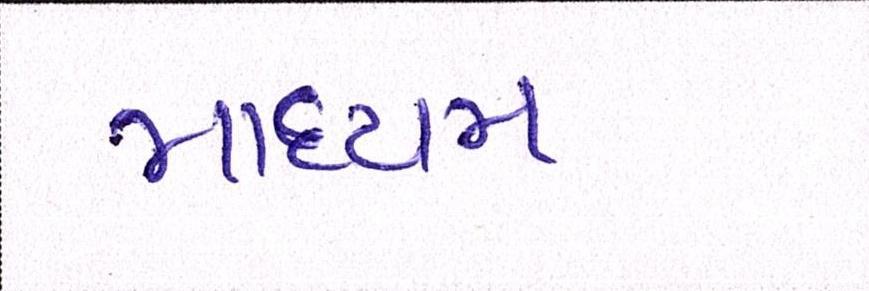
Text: માધ્યમ